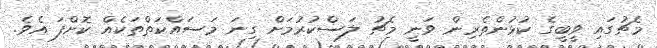
މެޗުގައި ވީބީގެ ކުޅުންތެރިން ވަނީ މެޗު ލަސްކުރުމަށް ގިނަ މަސައްކަތްތަކެއް ކޮށްފަ އެވެ.